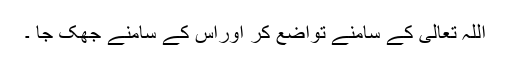
اللہ تعالیٰ کے سامنے تواضع کر اوراس کے سامنے جھک جا ۔